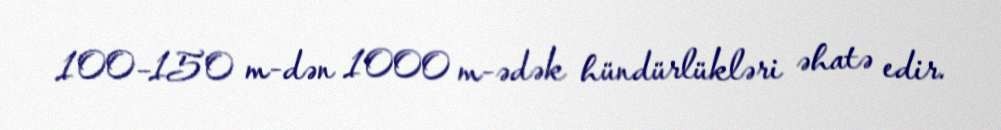
100–150 m-dən 1000 m-ədək hündürlükləri əhatə edir.